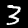
Label: 3